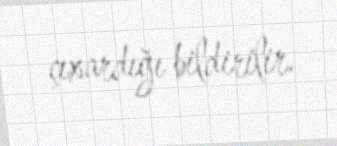
çıxardığı bildirilir.